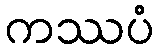
ကဿပံ